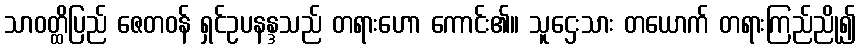
သာဝတ္ထိပြည် ဇေတဝန် ရှင်ဥပနန္ဒသည် တရားဟော ကောင်း၏။ သူဌေးသား တယောက် တရားကြည်ညို၍